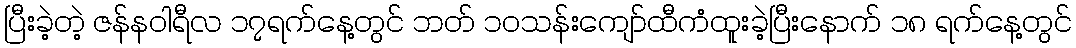
ပြီးခဲ့တဲ့ ဇန်န၀ါရီလ ၁၇ရက်နေ့တွင် ဘတ် ၁၀သန်းကျော်ထီကံထူးခဲ့ပြီးနောက် ၁၈ ရက်နေ့တွင်